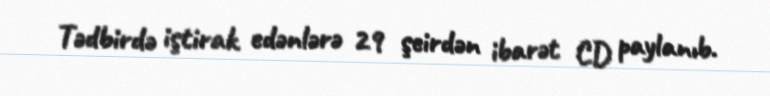
Tədbirdə iştirak edənlərə 29 şeirdən ibarət CD paylanıb.